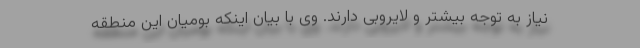
نیاز به توجه بیشتر و لایروبی دارند. وی با بیان اینکه بومیان این منطقه